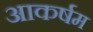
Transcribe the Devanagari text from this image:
आकर्षम